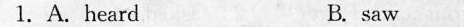
1.A.heard B.saw